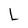
Character: L